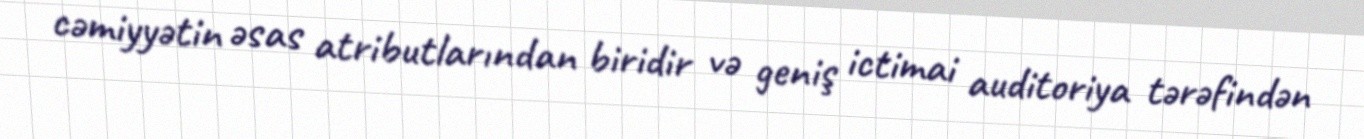
cəmiyyətin əsas atributlarından biridir və geniş ictimai auditoriya tərəfindən